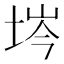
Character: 埁